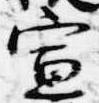
宣